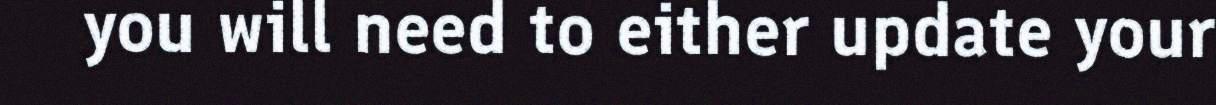
you will need to either update your